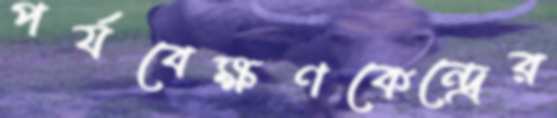
পর্যবেক্ষণকেন্দ্রের